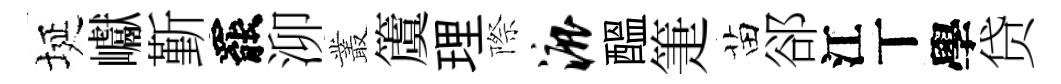
埏巘斳罷泖叢𥵂理際漉醖箑苗郤江丅學贷